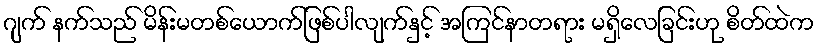
ဂျက် နက်သည် မိန်းမတစ်ယောက်ဖြစ်ပါလျက်နှင့် အကြင်နာတရား မရှိလေခြင်းဟု စိတ်ထဲက